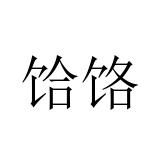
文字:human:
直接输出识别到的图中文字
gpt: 饸饹